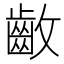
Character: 𱌛